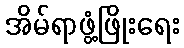
အိမ်ရာဖွံ့ဖြိုးရေး